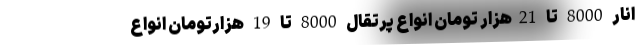
انار 8000 تا 21هزار تومان انواع پرتقال 8000 تا 19 هزارتومان انواع